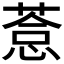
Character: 𦷋